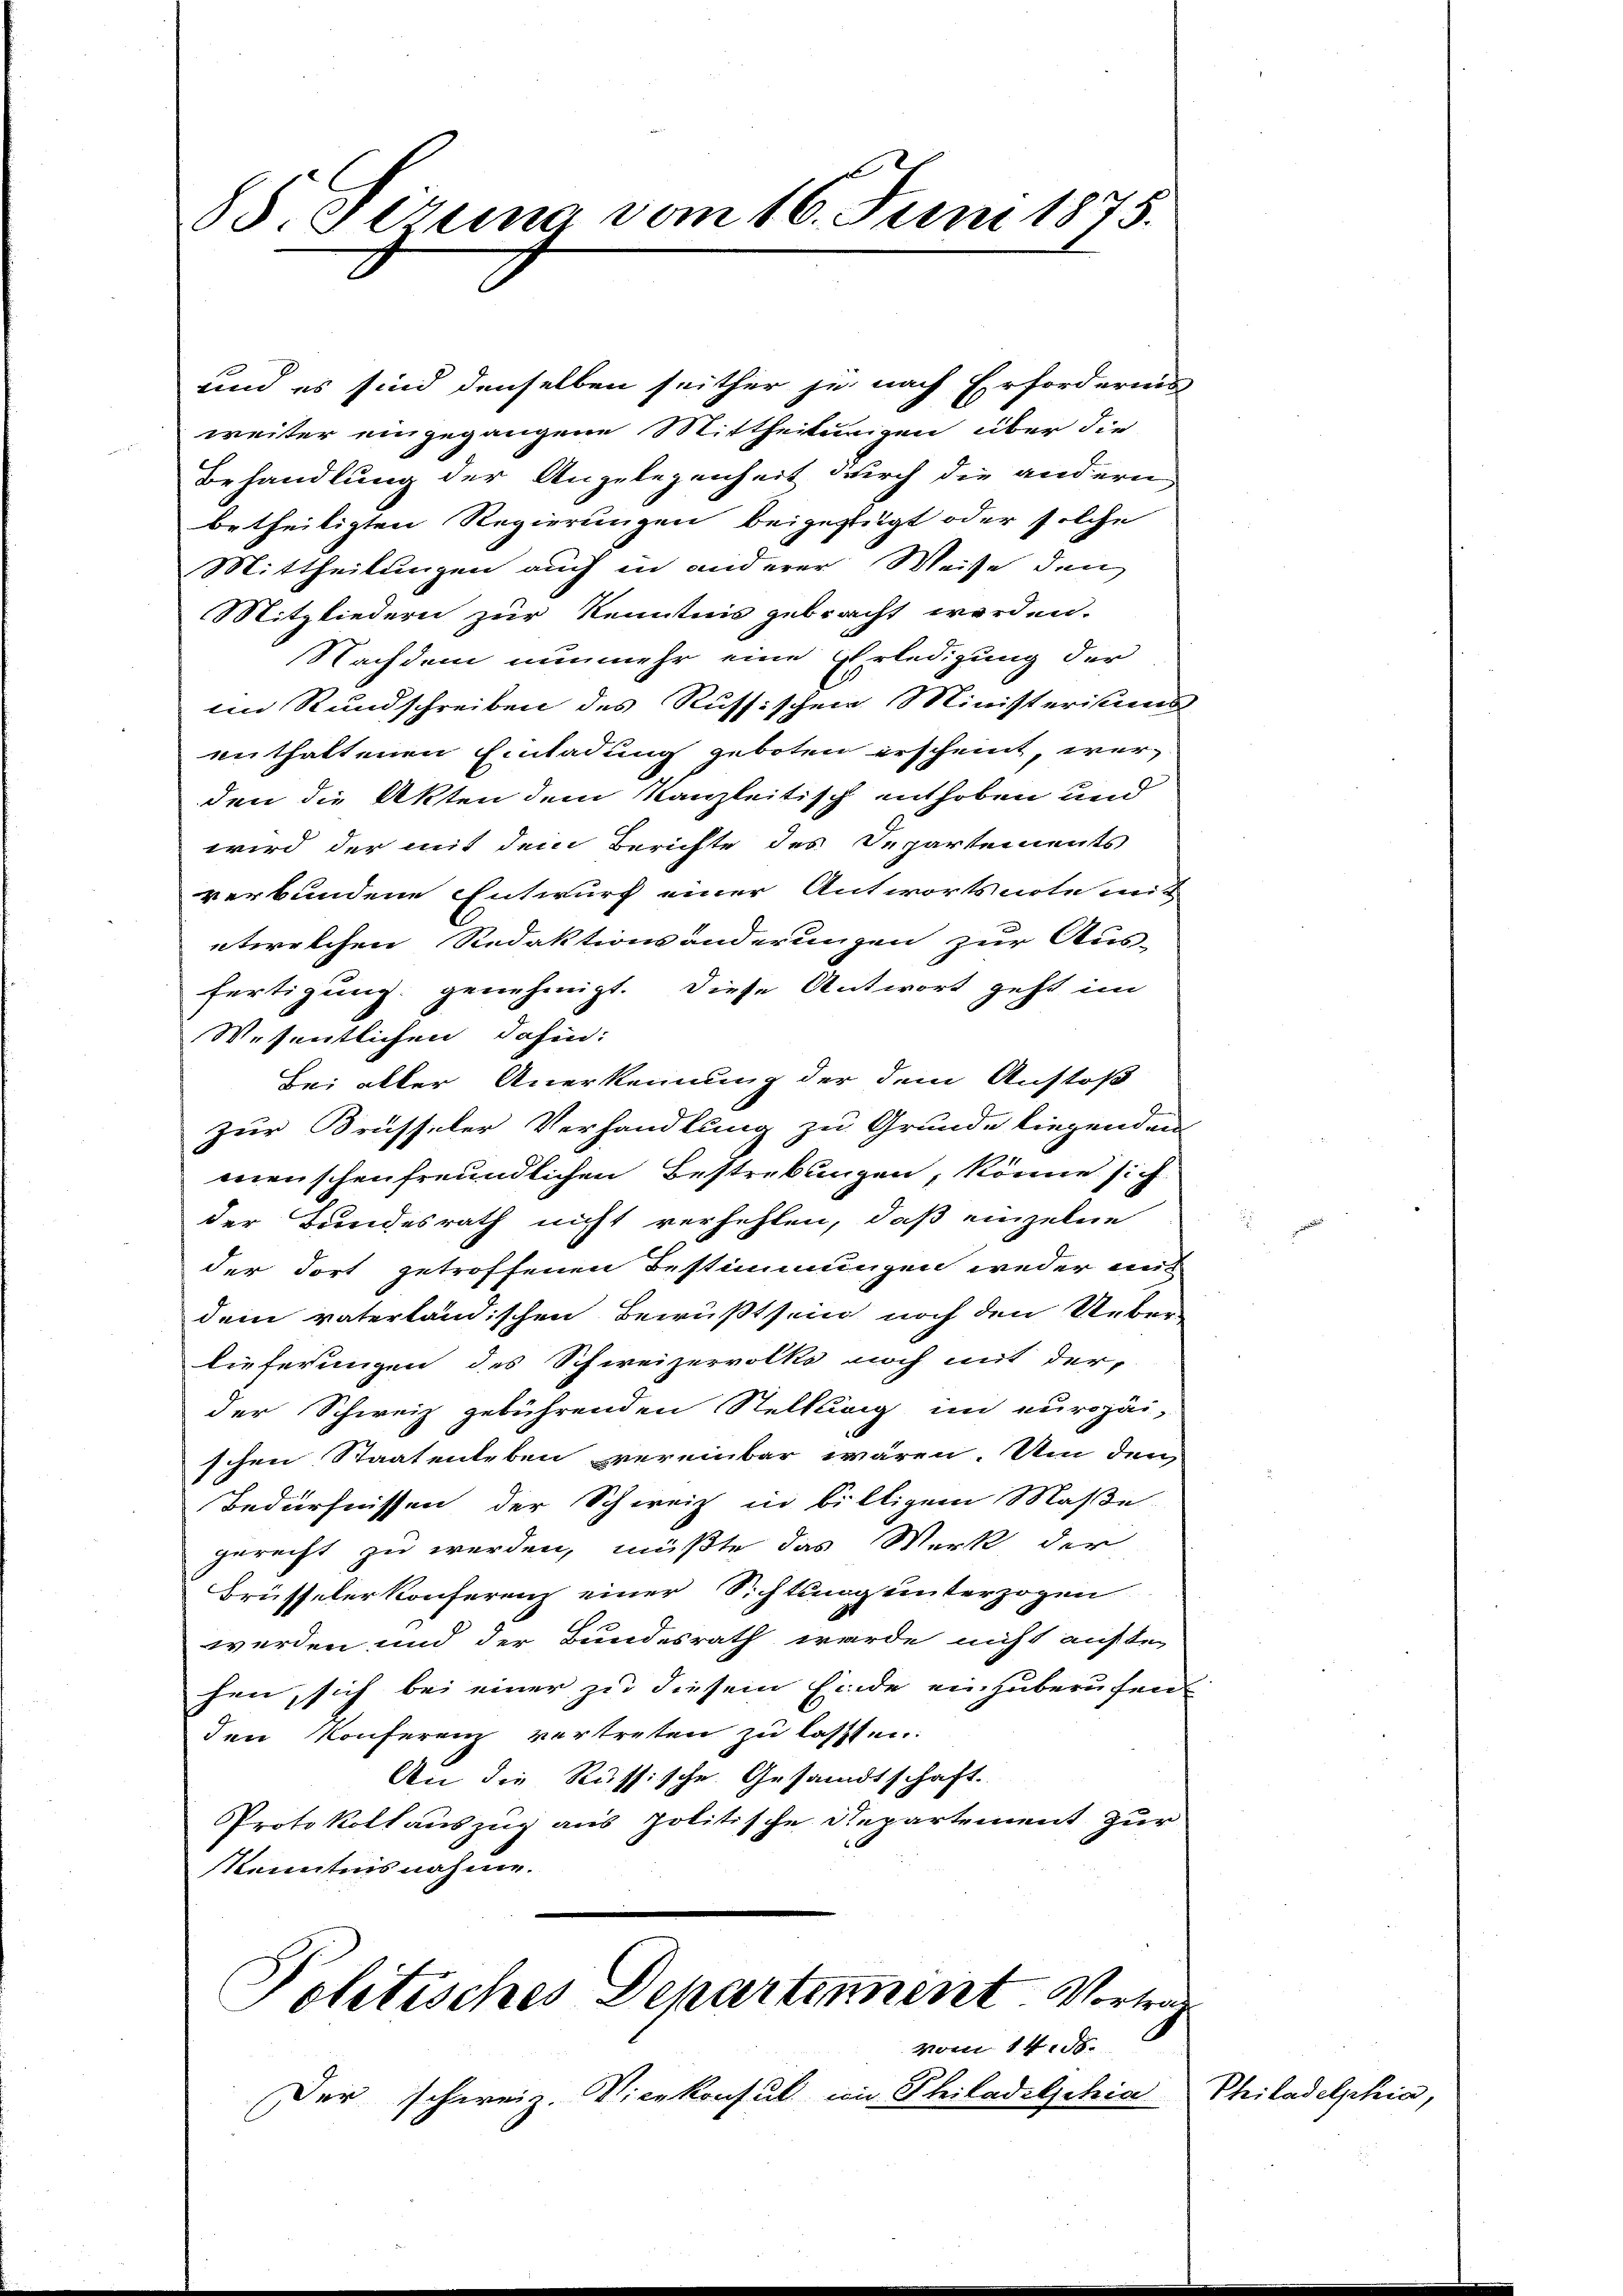
B.Stzung vom 16. Juni 1875.

und es sind denselben seither je nach Erfordernis
weiter eingegangene Mittheilungen über die
Behandlung der Angelegenheit durch die andern
betheiligten Regierungen beigefügt oder solche
Mittheilungen auch in anderer Weise den
Mitgliedern zur Kenntnis gebracht werden.
Nachdem nunmehr eine Erledigung der
im Rundschreiben des Russischen Ministeriums
enthaltenen Einladung geboten erscheint, werden die Akten dem Kanzleitisch enthoben und
wird der mit dem Berichte des Departements
verbundene Entwurf einer Antwortsnote mit
etwelchen Redaktionsänderungen zur Aus-
fertigung genehmigt. Diese Antwort geht im
Wesentlichen dahin:
Bei aller Anerkennung der dem Anstoß
zur Brüsseler Verhandlung zu Grunde liegenden
menschenfreundlichen Bestrebungen, könne sich
der Bundesrath nicht verhehlen, daß einzelne
der Fort getroffenen Bestimmungen weder mit
dem vaterländischen Bewußtseid noch den Ueber-
lieferungen des Schweizervolks noch mit der
der Schweiz gebührenden Stelllung im europäi-
schen Staatenleben vereinbar wären. Um den
Bedürfnissen der Schweiz in billigem Maße
gerecht zu werden, müßte das Werk der
Brüsseler Konferenz einer Sichtung unterzogen
1
werden und der Bundesrath werde nicht aufte
hen, sich bei einer zu diesem Einde einzuberuhen
den Konferenz vertreten zu lassen.
An die Russische Gesandtschaft.
Protokoll auszug aus politische Repartement zur
Kenntnisnahme.

Politisches Departement Vortrag
vom 14. d.

Der schweiz. Vicekonsul in Philadelschia

Philadelphia,